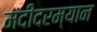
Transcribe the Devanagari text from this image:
मंदीदरम्यान